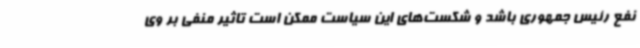
نفع رئیس جمهوری باشد و شکست‌های این سیاست ممکن است تاثیر منفی بر وی